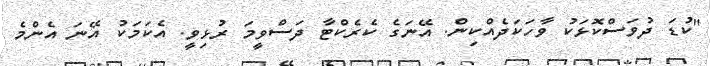
"ކުޑަ ދުވަސްކޮޅަކު ވާހަކަދެއްކިން. އޭނަގެ ކެރެކްޓާ ދަސްވީމަ ރުޅިވީ. އެކަމަކު އޭނަ އެންމެ